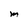
Character: M